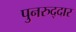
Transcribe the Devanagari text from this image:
पुनरुद्दार